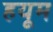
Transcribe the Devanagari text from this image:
हयूम